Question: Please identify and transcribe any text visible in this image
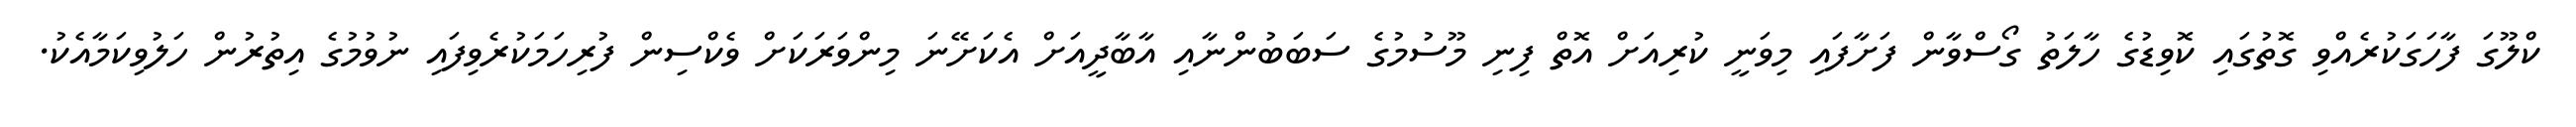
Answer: ކްލޫގަ ފާހަގަކުރެއްވި ގޮތުގައި ކޮވިޑުގެ ހާލަތު ގޯސްވާން ފަށާފައި މިވަނީ ކުރިއަށް އޮތް ފިނި މޫސުމުގެ ސަބަބުންނާއި އާބާދީއަށް އެކަށޭނަ މިންވަރަކަށް ވެކްސިން ފުރިހަމަކުރެވިފައި ނުވުމުގެ އިތުރުން ހަލުވިކަމާއެކު.